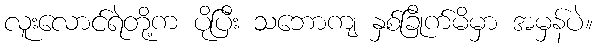
လူးလောင်ရဲတို့က ပိုပြီး သဘောကျ နှစ်ခြိုက်မိမှာ အမှန်ပဲ။